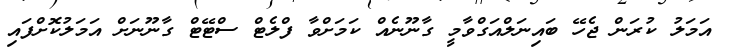
އަމަލު ކުރަން ޖެހޭ ބައިނަލްއަގްވާމީ ގާނޫނެއް ކަމަށްވާ ފްލެޓް ސްޓޭޓް ގާނޫނަށް އަމަލުކޮށްފައި